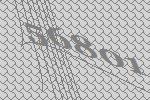
56801